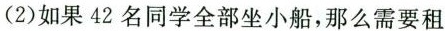
（2）如果42名同学全部坐小船，那么需要租